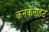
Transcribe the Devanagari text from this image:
कनकनाहट